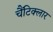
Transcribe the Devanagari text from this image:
चैंटिक्लार